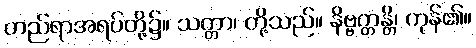
တည်ရာအရပ်တို့၌။ သတ္တာ၊ တို့သည်။ နိဗ္ဗတ္တန္တိ၊ ကုန်၏။